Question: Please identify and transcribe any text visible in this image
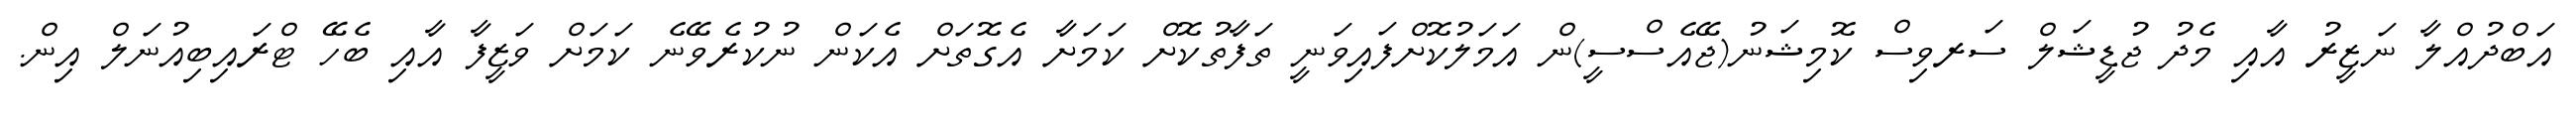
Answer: އަބްދުއްލާ ނަޒީރު އާއި މެދު ޖުޑީޝަލް ސަރވިސް ކޮމިޝަނު(ޖޭއެސްސީ)ން އަމަލުކޮށްފައިވަނީ ތަފާތުކޮށް ކަމަށާ އެގޮތަށް އެކަން ނުކުރެވޭނެ ކަމަށް ވަޒީފާ އާއި ބެހޭ ޓްރައިބިއުނަލް އިން.